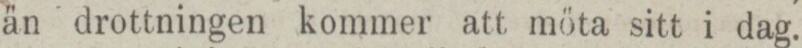
än drottningen kommer att möta sitt i dag.